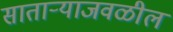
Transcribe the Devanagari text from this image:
सातार्‍याजवळील